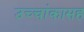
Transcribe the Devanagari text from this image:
उच्चांकासह